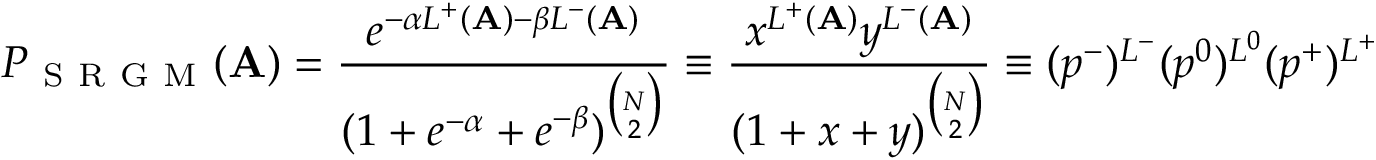
P _ { \mathrm { ~ S ~ R ~ G ~ M ~ } } ( \mathbf { A } ) = \frac { e ^ { - \alpha L ^ { + } ( \mathbf { A } ) - \beta L ^ { - } ( \mathbf { A } ) } } { ( 1 + e ^ { - \alpha } + e ^ { - \beta } ) ^ { \binom N 2 } } \equiv \frac { x ^ { L ^ { + } ( \mathbf { A } ) } y ^ { L ^ { - } ( \mathbf { A } ) } } { ( 1 + x + y ) ^ { \binom N 2 } } \equiv ( p ^ { - } ) ^ { L ^ { - } } ( p ^ { 0 } ) ^ { L ^ { 0 } } ( p ^ { + } ) ^ { L ^ { + } }